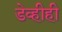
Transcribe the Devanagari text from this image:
डेव्हीही